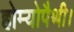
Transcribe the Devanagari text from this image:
होम्योपैथी।